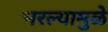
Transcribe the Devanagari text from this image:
भरल्यामुळे